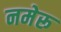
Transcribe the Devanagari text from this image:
नमेरू